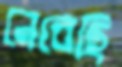
নেবেছি